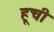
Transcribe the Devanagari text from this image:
हूची